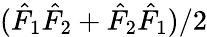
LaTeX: (\hat{F}_{1}\hat{F}_{2}+\hat{F}_{2}\hat{F}_{1})/2